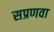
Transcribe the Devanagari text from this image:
सप्रणवा